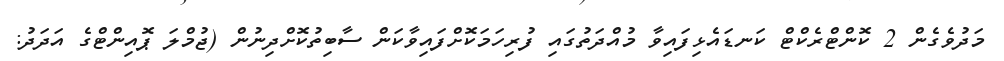
މަދުވެގެން 2 ކޮންޓްރެކްޓް ކަނޑައެޅިފައިވާ މުއްދަތުގައި ފުރިހަމަކޮށްފައިވާކަން ސާބިތުކޮށްދިނުން (ޖުމްލަ ޕޮއިންޓްގެ އަދަދު: